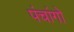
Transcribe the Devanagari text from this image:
पंचांगो